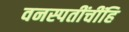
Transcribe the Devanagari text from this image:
वनस्पतींचींहि